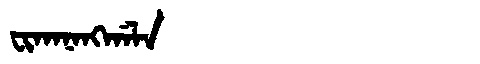
Manchu: ᠸᡳᡴᠠᠨᠠᠩᡤᠠᠯᠠ
Romanization: FIKANANGGALA